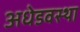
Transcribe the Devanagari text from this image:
अधेडवस्था